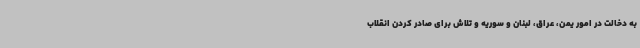
به دخالت در امور یمن، عراق، لبنان و سوریه و تلاش برای صادر کردن انقلاب